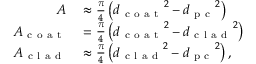
\begin{array} { r l } { A } & { { } \approx \frac { \pi } { 4 } \left( { d _ { \mathrm { ~ c ~ o ~ a ~ t ~ } } } ^ { 2 } - { d _ { \mathrm { ~ p ~ c ~ } } } ^ { 2 } \right) } \\ { A _ { \mathrm { ~ c ~ o ~ a ~ t ~ } } } & { { } = \frac { \pi } { 4 } \left( { d _ { \mathrm { ~ c ~ o ~ a ~ t ~ } } } ^ { 2 } - { d _ { \mathrm { ~ c ~ l ~ a ~ d ~ } } } ^ { 2 } \right) } \\ { A _ { \mathrm { ~ c ~ l ~ a ~ d ~ } } } & { { } \approx \frac { \pi } { 4 } \left( { d _ { \mathrm { ~ c ~ l ~ a ~ d ~ } } } ^ { 2 } - { d _ { \mathrm { ~ p ~ c ~ } } } ^ { 2 } \right) , } \end{array}